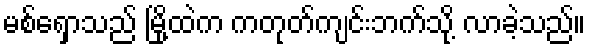
မစ်ရှောသည် မြို့ထဲက ကတုတ်ကျင်းဘက်သို့ လာခဲ့သည်။